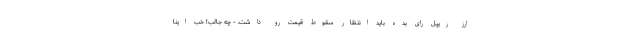
ارز ریپل رای بده باید انتظار سقوط قیمت رو داشت. - چه جالب! خب اینا